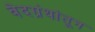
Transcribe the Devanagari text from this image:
वेदग्रंथांतून